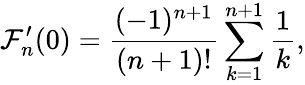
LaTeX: \mathcal{F}_{n}^{\prime}(0)=\frac{{(-1)^{n+1}}}{{(n+1)!}}\sum_{k=1}^{n+1}\frac{1}{k},